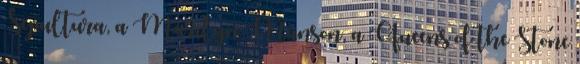
Sepultura, a Marilyn Manson, a Queens of the Stone